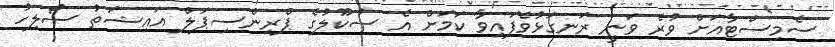
ސެމިސްޓާއަށް ވުރެ ވަނީ ރަނގަޅުވެފައިވާ ކަމަށް އެ ސުކޫލުގެ ޕްރިންސިޕަލް އައިޝަތު ސޯލިހު